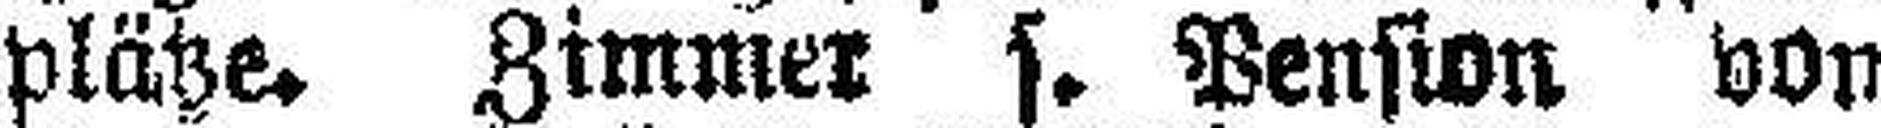
plätze. Zimmer s. Pension von